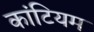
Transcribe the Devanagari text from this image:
कांटियम